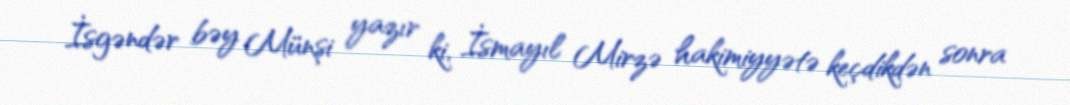
İsgəndər bəy Münşi yazır ki, İsmayıl Mirzə hakimiyyətə keçdikdən sonra